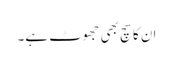
ان کا سچ بھی جھوٹ ہے۔